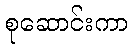
စုဆောင်းကာ